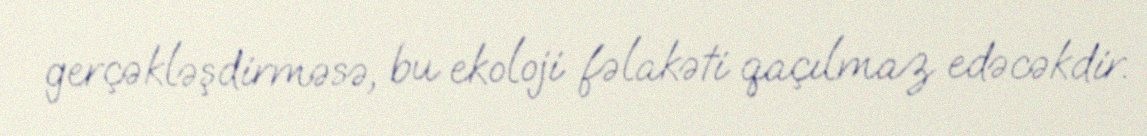
gerçəkləşdirməsə, bu ekoloji fəlakəti qaçılmaz edəcəkdir.